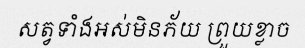
សត្វទាំងអស់មិនភ័យ ព្រួយខ្លាច